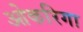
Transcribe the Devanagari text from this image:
ओकरिगा